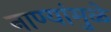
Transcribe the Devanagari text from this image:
नाण्यांमुळे